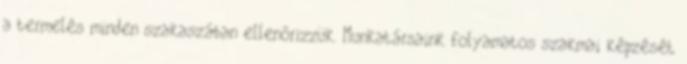
a termelés minden szakaszában ellenôrizzük. Munkatársaink folyamatos szakmai képzését